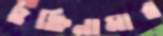
চুক্তিনামার